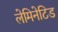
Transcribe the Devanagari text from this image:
लेमिनेटिड